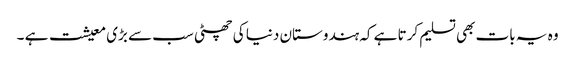
وہ یہ بات بھی تسلیم کرتا ہے کہ ہندوستان دنیا کی چھٹی سب سے بڑی معیشت ہے ۔